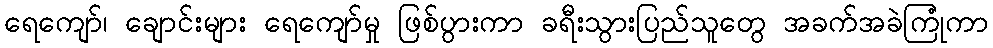
ရေကျော်၊ ချောင်းများ ရေကျော်မှု ဖြစ်ပွားကာ ခရီးသွားပြည်သူတွေ အခက်အခဲကြုံကာ